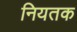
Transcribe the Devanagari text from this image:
नियतक